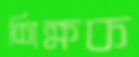
শিক্ষক